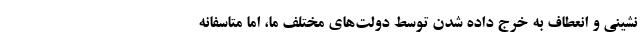
‌نشینی و انعطاف به خرج داده شدن توسط دولت‌های مختلف ما، اما متاسفانه